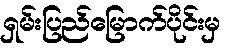
ရှမ်းပြည်မြောက်ပိုင်းမှ